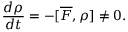
\frac { d \rho } { d t } = - [ \overline { { F } } , \rho ] \neq 0 .